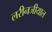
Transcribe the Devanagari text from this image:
लरीनजीयाल